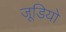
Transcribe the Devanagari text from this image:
जूडियो